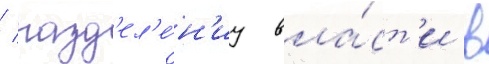
/ разд'ел'е́н'иу вла́ст'и в